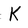
Character: k